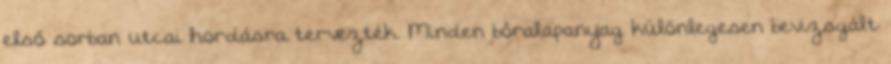
első sorban utcai hordásra tervezték. Minden bőralapanyag különlegesen bevizsgált